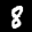
Label: 8